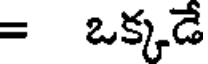
= ఒక్కడే